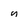
Character: n